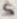
Text: 5